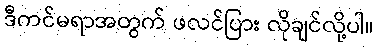
ဒီကင်မရာအတွက် ဖလင်ပြား လိုချင်လို့ပါ။